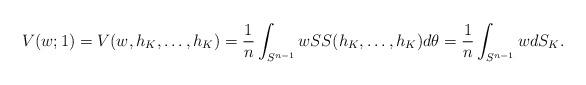
LaTeX: \begin{align*} V(w;1) = V(w,h_K,\ldots,h_K) = \frac{1}{n} \int_{S^{n-1}} w \SS(h_K,\ldots,h_K) d\theta = \frac{1}{n} \int_{S^{n-1}} w dS_K . \end{align*}